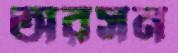
অরসন